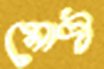
মোদী